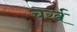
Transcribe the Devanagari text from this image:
चर्ख